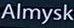
Almysk